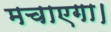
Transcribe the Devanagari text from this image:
मचाएगा।